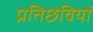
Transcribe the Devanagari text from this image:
प्रतिछवियों